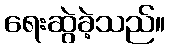
ရေးဆွဲခဲ့သည်။